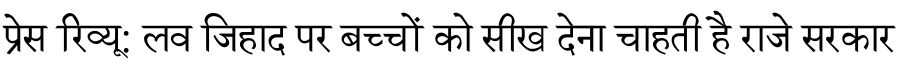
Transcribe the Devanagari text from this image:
प्रेस रिव्यू: लव जिहाद पर बच्चों को सीख देना चाहती है राजे सरकार